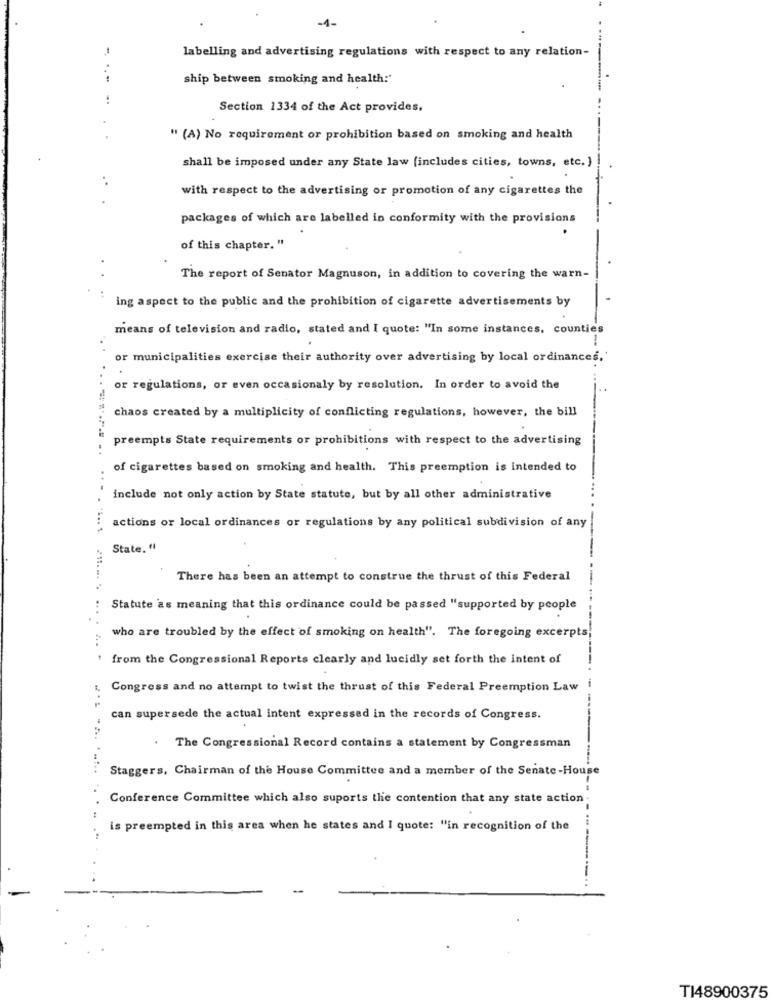
-1-
-
labelling and advertising regulations with respect to any relation-
ship between smoking and health:"
Section 1334 of the Act provides.
" (A) No requirement or prohibition based on smoking and health
shall be imposed under any State law (includes cities, towns, etc. )
with respect to the advertising or promotion of any cigarettes the
packages of which are labelled in conformity with the provisions
of this chapter. "
The report of Senator Magnuson, in addition to covering the warn-
ing aspect to the public and the prohibition of cigarette advertisements by
means of television and radio, stated and I quote: "In some instances, counties
. .
or municipalities exercise their authority over advertising by local ordinances.
or regulations, or even occasionaly by resolution. In order to avoid the
chaos created by a multiplicity of conflicting regulations, however, the bill
preempts State requirements or prohibitions with respect to the advertising
of cigarettes based on smoking and health. This preemption is intended to
include not only action by State statute, but by all other administrative
actions or local ordinances or regulations by any political subdivision of any
.==....... .... .....
State. “
There has been an attempt to construe the thrust of this Federal
Statute as meaning that this ordinance could be passed "supported by people
who are troubled by the effect of smoking on health". The foregoing excerpts
from the Congressional Reports clearly and lucidly set forth the intent of
Congress and no attempt to twist the thrust of this Federal Preemption Law
can supersede the actual intent expressed in the records of Congress.
The Congressional Record contains a statement by Congressman
Staggers, Chairman of the House Committee and a member of the Senate-House
Conference Committee which also suports the contention that any state action
is preempted in this area when he states and I quote: "in recognition of the
TI48900375